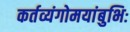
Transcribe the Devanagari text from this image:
कर्तव्यंगोमयांबुभिः